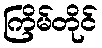
ကြိမ်တိုင်